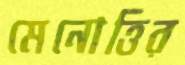
মেনোত্তির